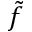
\tilde { f }